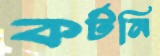
কর্টনি